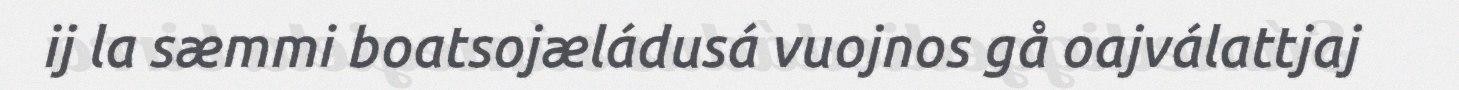
ij la sæmmi boatsojæládusá vuojnos gå oajválattjaj